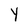
Character: Y